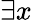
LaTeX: \exists x